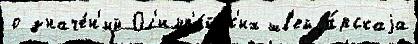
о значе́н'ий Ол'имп'и́йск'их шв'ейца́рскаjа